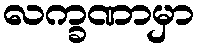
လက္ခဏာမှာ